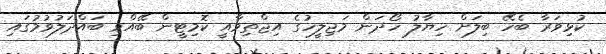
ކުޅިވަރާ ބެހޭ ބިލަށް ހިޔާލު ހޯދަން މަޖިލީހުގެ އިޖްތިމާއީ ކޮމިޓީން ބޭއްވި ބައްދަލުވުމުގައި